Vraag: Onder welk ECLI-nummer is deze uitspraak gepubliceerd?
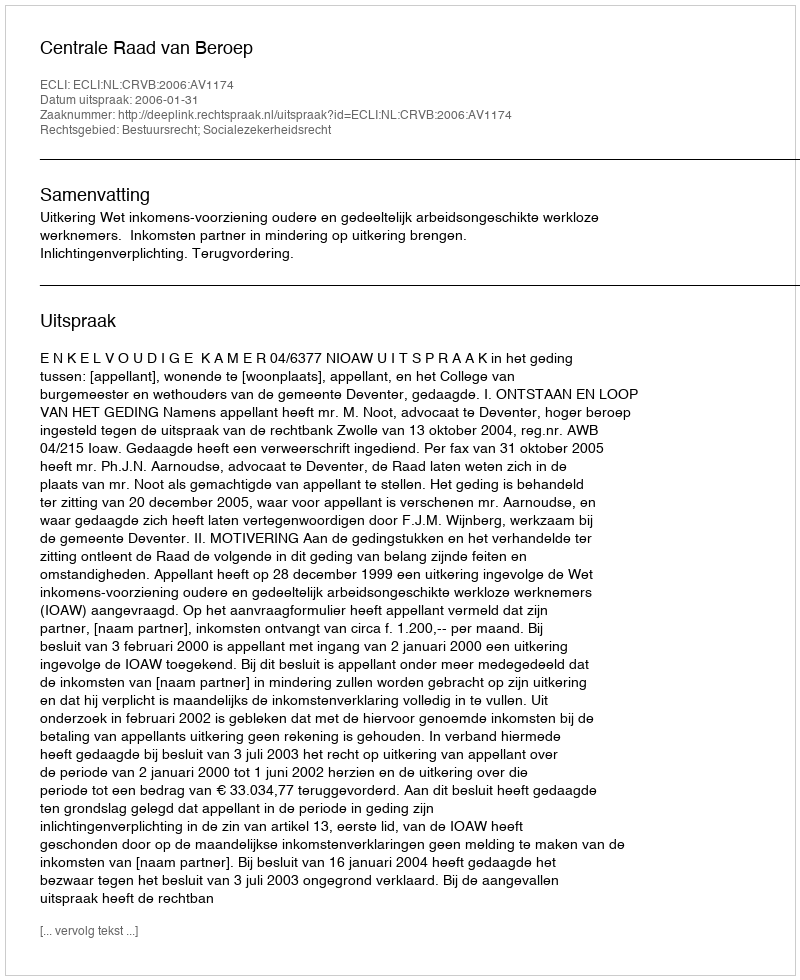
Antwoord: ECLI:NL:CRVB:2006:AV1174